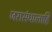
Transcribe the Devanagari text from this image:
जरासंधालाहि